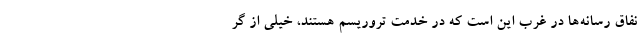
نفاق رسانه‌ها در غرب این است که در خدمت تروریسم هستند، خیلی از گر